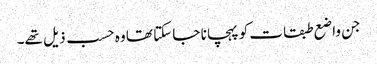
جن واضع طبقات کو پہچانا جا سکتا تھا وہ حسب ذیل تھے۔